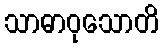
သာဓာဝုသောတိ